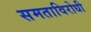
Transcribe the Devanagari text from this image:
समताविरोधी